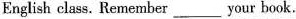
English class. Remember ___ your book.